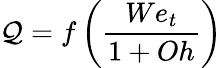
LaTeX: \mathcal{Q}=f\left(\frac{We_{t}}{1+Oh}\right)